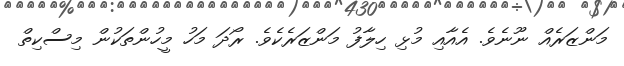
މަންޒަރެއް ނޫނެވެ. އެއާއި މުޅި ހިލާފު މަންޒަރެކެވެ. ރޯދަ މަހު މީހުންތަކުން މިސްކިތް